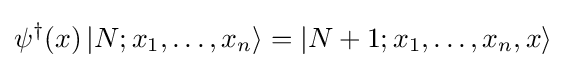
\psi ^{\dagger }(x)\left|N;x_{1},\dots ,x_{n}\right\rangle =\left|N+1;x_{1},\dots ,x_{n},x\right\rangle